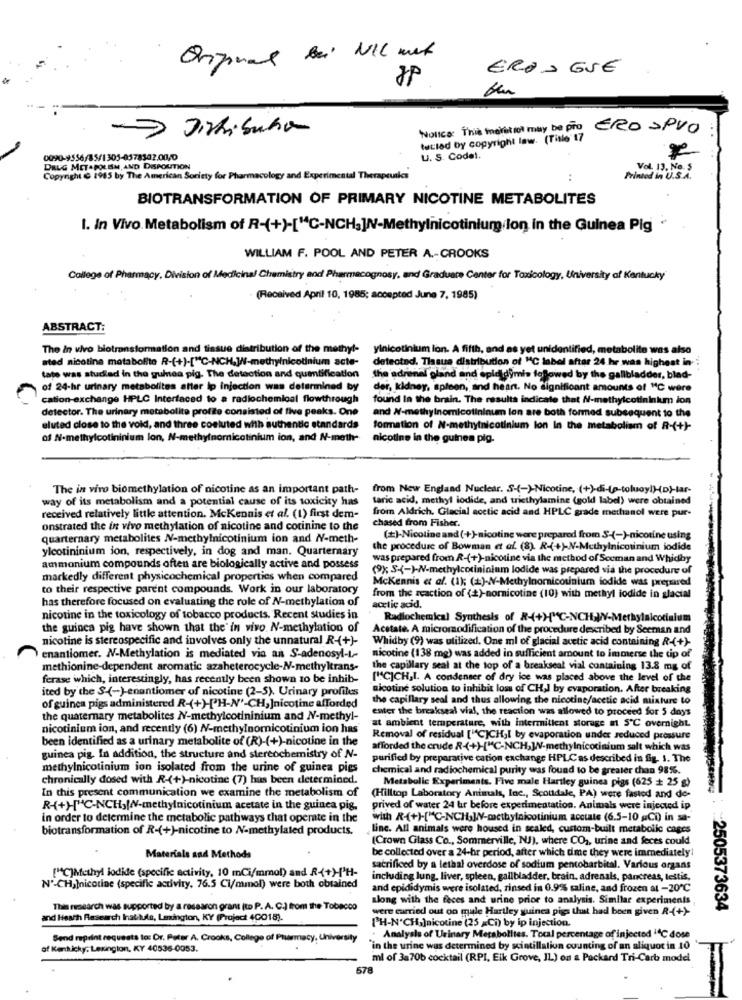
EROS GUE
-> Dirkibuha
Nunca: This meret tol may be pro ERO SPVO
tected by copyright law. (Title 17
0090-9556/85/1305-0578302.00/0
U. S. Codel.
DALG MET.POLEM, AND DISPOUTION
Copyright & 1985 by The American Society for Pharmacology and Experimental Therapeu
Printed in U.S.A.
BIOTRANSFORMATION OF PRIMARY NICOTINE METABOLITES
I. In Vivo Metabolism of R-(+)-["C-NCH.]/V-Methylnicotinium lon in the Guinea Pig
WILLIAM F. POOL AND PETER A .- CROOKS
College of Pharmacy, Division of Medicinal Chemistry and Pharmacognosy, and Graduate Center for Toxicology, University of Kentucky
(Received April 10, 1985; accepted June 7, 1985)
ABSTRACT:
The in vivo bilotransformation and tissue distribution of the methyl-
yinicotinium lon. A fifth, and as yet unidentified, metabolite was also
ated nicotina metabolito R-(+)-["C-NCH,W//-methylnicotinium acte-
detected. Tisue distribution of "C label after 24 hr was highest in-
tate was studied in the guinea pig. The detection and quantification
the 'adrenal gland and epididymis followed by the gallbladder, blad-
of 24-hr urinary metabolites after ip injection was determined by
der, kidney, spleen, and heart. No significant amounts of "C were
cation-exchange HPLC Interfaced to a radiochemical flowthrough
found In the brain. The results indicate that N-methylcotininkum ion
detector. The urinary metabolite profite consisted of five peaks. One
and #-methylnomicotininum lon are both formed subsequent to the
eluted close to the void, and three coeluted with authentic standards
formation of N-methytnicotinium lon In the metabolism of R-(+)-
of N-methylcotininium lon, N-methylnomicotinium ion, and N-meth-
nicotine in the guinea pig-
The in vivo biomethylation of nicotine as an important path-
from New England Nuclear. S-(-)-Nicotine, (+)-di-(p-toluoy!)-(D)-tar-
way of its metabolism and a potential cause of its toxicity has
taric acid, methyl iodide, and triethylamine (gold label) were obtained
from Aldrich. Glacial acetic acid and HPLC grade methanol were pur-
received relatively little attention. McKennis et al. (1) first dem-
chased from Fisher.
onstrated the in vivo methylation of nicotine and cotinine to the
quarternary metabolites N-methylnicotinium ion and NV-meth-
(*)-Nicotine and (++)-nicotine were prepared from S-(-)-nicotine using
ylcotininium jon, respectively, in dog and man. Quarterary
the procedure of Bowman et al. (8). R-(+)-N-Methylnicotinium iodide
was prepared from R-(+)-nicotine via the method of Seeman and Whidby
ammonium compounds often are biologically active and possess
(9%; S-(-)-W-methylcotininium lodide was prepared via the procedure of
markedly different physicochemical properties when compared
McKennis et al. (1); (=)-W-Methylnornicotinium iodide was prepared
to their respective parent compounds. Work in our laboratory
has therefore focused on evaluating the role of N-methylation of
from the reaction of (+)-nornicotine (10) with methyl iodide in glacial
acetic acid.
nicotine in the toxicology of tobacco products. Recent studies in
Radiochemical Synthesis of R-(+)"C-NCH-W-Methylaicotialum
the guinea pig have shown that the' in vivo. N-methylation of
Acetate. A micromodification of the procedure described by Seeman and
nicotine is stereospecific and involves only the unnatural R-(+)-
Whidby (9) was utilized. One ml of glacial acetic acid containing R-(+)-
enantiomer. N-Methylation is mediated via an S-adenosyl-L-
nicotine (138 mg) was added in sufficient amount to immerse the tip of
methionine-dependent aromatic azaheterocycle-N-methyltrans-
the capillary seal at the top of a breakseal vial containing 13.8 mg of
ferase which, interestingly, has recently been shown 10 be inhib-
["CICH,I. A condenser of dry ice was placed above the level of the
ited by the S-(-)-enantiomer of nicotine (2-5). Urinary profiles
nicotine solution to inhibit loss of CH,I by evaporation. After breaking
the capillary seal and thus allowing the nicotine/acetic acid mixture to
of guinea pigs administered R-(+)-[PH-N'-CH, Jnicotine afforded
enter the breakseal vial, the reaction was allowed to proceed for 5 days
the quaternary metabolites NV-methylcotininium and N-methyl-
at ambient temperature, with intermittent storage m SC overnight.
nicotinium ion, and recently (6) N-methylnomnicotinium ion has
been identified as a urinary metabolite of (R)-(+)-nicotine in the
Removal of residual [ C]CH,I by evaporation under reduced pressure
afforded the crude R(+)-["C-NCH, W-methylnicotinium salt which was
guinea pig. In addition, the structure and stereochemistry of N-
purified by preparative cation exchange HPLC as described in fig. 1. The
methylnicotinium ion isolated from the urine of guinea pigs
chemical and radiochemical purity was found to be greater chan 98%.
chronically dosed with R-(+)-nicotine (7) has been determined.
Metabolic Experiments. Five male Hartley guinea pigs (625 + 25 g)
In this present communication we examine the metabolism of
(Hilltop Laboratory Animals, Inc ., Scottdale, PA) were fasted and de-
R++H"C-NCH,[W-methylnicotinium acetate in the guinea pig.
prived of water 24 hr before experimentation. Animals were injected ip
in order to determine the metabolic pathways that operate in the
with R(+)-["C-NCH,W/V-methylnicotinium acctate (6.5-10 &Ci) in sa-
biotransformation of R-(+)-nicotine to N-methylated products.
Linc. All animals were housed in sealed, custom-built metabolic cages
(Crown Glass Co ., Sommerville, NJ), where CO2, urine and feces could
be collected over a 24-hr period, after which dme they were immediately
Materials and Methods
sacrificed by a lethal overdose of sodium pentobarbital. Various organs
[C]Methyl iodide (specific activity, 10 mCi/mmol) and R(+)['H-
including lung, liver, spleen, gallbladder, brain, adrenals, pancreas, testis,
N'-CH,]nicotine (specific activity, 76.5 Ci/mmol) were both obtained
and epididymis were isolated, rinsed in 0.9% saline, and frozen at -20℃
along with the feces and urine prior to analysis. Similar experiments
This research was supported by a ressaron grant (to P. A. C.) from the Tobacco
were carried out on mule Hartley guinea pigs that had been given R-(+)-
:2505373634
and Health Research Inatiluda, Lexington, KY (Project 40018).
["H-N'CH,]nicotine (25 =Ci) by ip injection.
Send reprint requests to: Dr. Peter A. Crooks, College of Pharmacy, University
Analysis of Urinary Metabolites. Tocal percentage of injected 14℃ dose
of Kenkicky, Lexington, KY 40536-0053.
in the urine was determined by scintillalion counting of an aliquot in 10
ml of 3a70b cocktail (RPI, Elk Grove, IL) on a Packard Tri-Carb model
578